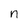
Character: n